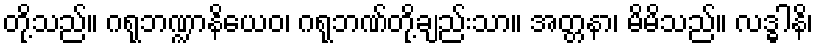
တို့သည်။ ဂရုဘဏ္ဍာနိယေဝ၊ ဂရုဘဏ်တို့ချည်းသာ။ အတ္တနာ၊ မိမိသည်။ လဒ္ဓါနိ၊